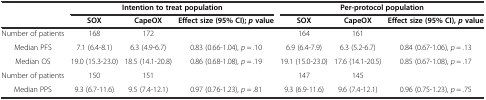
<table><thead><tr><td rowspan="2"></td><td colspan="3"><b>Intention to treat population</b></td><td colspan="3"><b>Per-protocol population</b></td></tr><tr><td><b>SOX</b></td><td><b>CapeOX</b></td><td><b>Effect size (95% CI);<i>p</i>value</b></td><td><b>SOX</b></td><td><b>CapeOX</b></td><td><b>Effect size (95% CI),<i>p</i>value</b></td></tr></thead><tbody><tr><td>Number of patients</td><td>168</td><td>172</td><td></td><td>164</td><td>161</td><td></td></tr><tr><td>Median PFS</td><td>7.1 (6.4-8.1)</td><td>6.3 (4.9-6.7)</td><td>0.83 (0.66-1.04), <i>p</i> = .10</td><td>6.9 (6.4-7.9)</td><td>6.3 (5.2-6.7)</td><td>0.84 (0.67-1.06), <i>p</i> = .13</td></tr><tr><td>Median OS</td><td>19.0 (15.3-23.0)</td><td>18.5 (14.1-20.8)</td><td>0.86 (0.68-1.08), <i>p</i> = .19</td><td>19.1 (15.0-23.0)</td><td>17.6 (14.1-20.5)</td><td>0.85 (0.67-1.08), <i>p</i> = .17</td></tr><tr><td>Number of patients</td><td>150</td><td>151</td><td></td><td>147</td><td>145</td><td></td></tr><tr><td>Median PPS</td><td>9.3 (6.7-11.6)</td><td>9.5 (7.4-12.1)</td><td>0.97 (0.76-1.23), <i>p</i> = .81</td><td>9.3 (6.9-11.6)</td><td>9.6 (7.4-12.1)</td><td>0.96 (0.75-1.23), <i>p</i> = .75</td></tr></tbody></table>